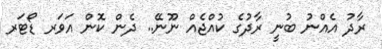
ރާދު އެއްނު ބުނީ ރާދުގެ ކުއްޖެއް ނޫނޭ.. ދެން ކޮން އަވަރ ޑޯޓަރ